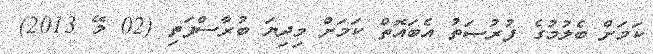
ކަމަށް ބެލުމުގެ ފުރުޞަތު އެބައޮތް ކަމަށް މިދިޔަ ބުރާސްފަތި (02 މޭ 2013)